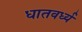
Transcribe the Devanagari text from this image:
धातवर्ध्य